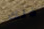
ذلك